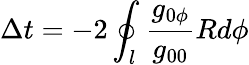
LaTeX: \Delta t=-2\oint_{l}{\frac{g_{0\phi}}{g_{00}}Rd\phi}